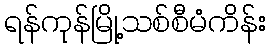
ရန်ကုန်မြို့သစ်စီမံကိန်း